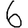
Digit: 6